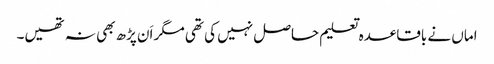
اماں نے باقاعدہ تعلیم حاصل نہیں کی تھی مگر اَن پڑھ بھی نہ تھیں۔